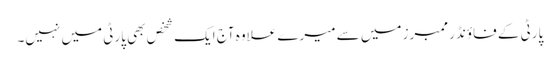
پارٹی کے فاؤنڈر ممبرز میں سے میرے علاوہ آج ایک شخص بھی پارٹی میں نہیں۔